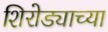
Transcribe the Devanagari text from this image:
शिरोड्याच्या